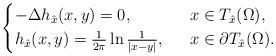
LaTeX: \begin{align*}\begin{cases}-\Delta h_{\hat{x}}(x, y)=0, \ \ &x\in T_{\hat{x}}(\Omega),\\h_{\hat{x}}(x, y)=\frac{1}{2\pi}\ln\frac{1}{|x-y|}, \ \ &x\in \partial T_{\hat{x}}(\Omega).\end{cases}\end{align*}